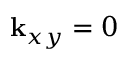
{ \bf k } _ { x y } = 0